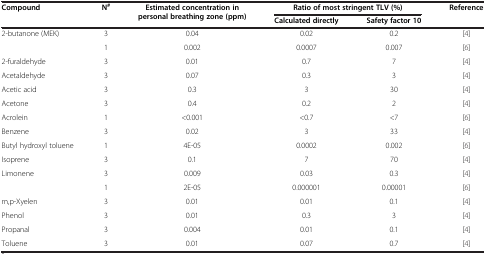
<table><thead><tr><td rowspan="2"><b>Compound</b></td><td rowspan="2"><b>N<sup>#</sup></b></td><td rowspan="2"><b>Estimated concentration in personal breathing zone (ppm)</b></td><td colspan="2"><b>Ratio of most stringent TLV (%)</b></td><td rowspan="2"><b>Reference</b></td></tr><tr><td><b>Calculated directly</b></td><td><b>Safety factor 10</b></td></tr></thead><tbody><tr><td rowspan="2">2-butanone (MEK)</td><td>3</td><td>0.04</td><td>0.02</td><td>0.2</td><td>[4]</td></tr><tr><td>1</td><td>0.002</td><td>0.0007</td><td>0.007</td><td>[6]</td></tr><tr><td>2-furaldehyde</td><td>3</td><td>0.01</td><td>0.7</td><td>7</td><td>[4]</td></tr><tr><td>Acetaldehyde</td><td>3</td><td>0.07</td><td>0.3</td><td>3</td><td>[4]</td></tr><tr><td>Acetic acid</td><td>3</td><td>0.3</td><td>3</td><td>30</td><td>[4]</td></tr><tr><td>Acetone</td><td>3</td><td>0.4</td><td>0.2</td><td>2</td><td>[4]</td></tr><tr><td>Acrolein</td><td>1</td><td>&lt;0.001</td><td>&lt;0.7</td><td>&lt;7</td><td>[6]</td></tr><tr><td>Benzene</td><td>3</td><td>0.02</td><td>3</td><td>33</td><td>[4]</td></tr><tr><td>Butyl hydroxyl toluene</td><td>1</td><td>4E-05</td><td>0.0002</td><td>0.002</td><td>[6]</td></tr><tr><td>Isoprene</td><td>3</td><td>0.1</td><td>7</td><td>70</td><td>[4]</td></tr><tr><td rowspan="2">Limonene</td><td>3</td><td>0.009</td><td>0.03</td><td>0.3</td><td>[4]</td></tr><tr><td>1</td><td>2E-05</td><td>0.000001</td><td>0.00001</td><td>[6]</td></tr><tr><td>m,p-Xyelen</td><td>3</td><td>0.01</td><td>0.01</td><td>0.1</td><td>[4]</td></tr><tr><td>Phenol</td><td>3</td><td>0.01</td><td>0.3</td><td>3</td><td>[4]</td></tr><tr><td>Propanal</td><td>3</td><td>0.004</td><td>0.01</td><td>0.1</td><td>[4]</td></tr><tr><td>Toluene</td><td>3</td><td>0.01</td><td>0.07</td><td>0.7</td><td>[4]</td></tr></tbody></table>